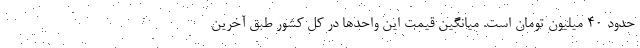
حدود ۴۰ میلیون تومان است. میانگین قیمت این واحدها در کل کشور طبق آخرین